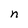
Character: n